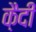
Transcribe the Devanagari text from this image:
कै़दी